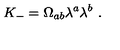
K _ { - } = \Omega _ { a b } \lambda ^ { a } \lambda ^ { b } \ .